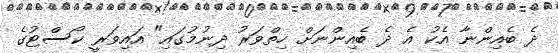
ދެ ބެއިންނާ އެކު އެ ދެ ބެއިންނަށް ހިތްވަރު ދިނުމުގައި" އައިވަރީ ކޯސްޓުގެ